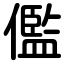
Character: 儖